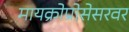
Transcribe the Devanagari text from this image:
मायक्रोप्रोसेसरवर